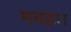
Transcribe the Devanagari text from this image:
मबहम